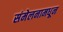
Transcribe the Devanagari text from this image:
संमेलनामधून